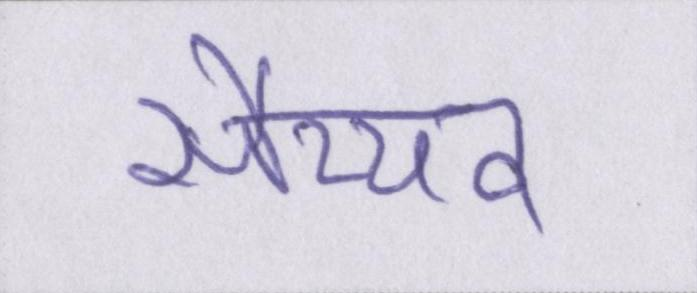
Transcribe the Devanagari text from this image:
सैय्यद